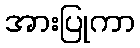
အားပြုကာ